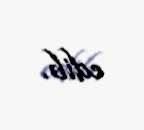
edib.